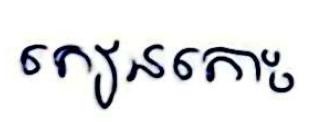
កៀនកោះ